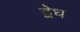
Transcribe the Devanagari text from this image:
द्वेध